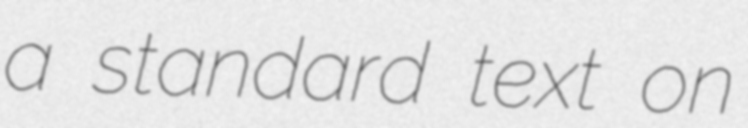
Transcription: a standard text on